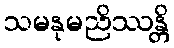
သမနုမညိဿန္တိ